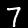
Label: 7